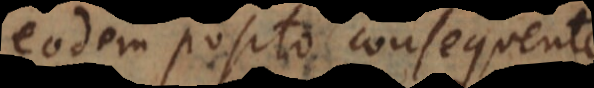
eodem posito consequente